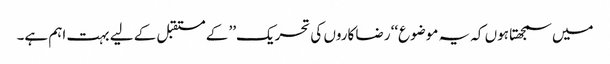
میں سمجھتا ہوں کہ یہ موضوع‘‘ رضا کاروں کی تحریک’’ کے مستقبل کے لیے بہت اہم ہے۔